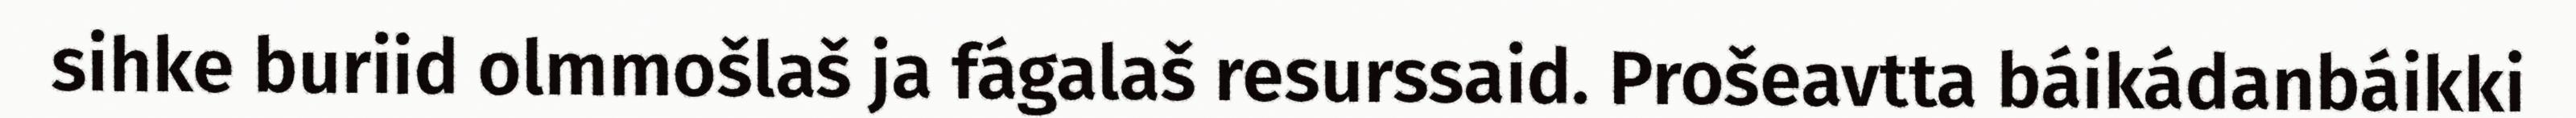
sihke buriid olmmošlaš ja fágalaš resurssaid. Prošeavtta báikádanbáikki